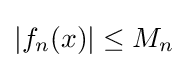
|f_{n}(x)|\leq M_{n}